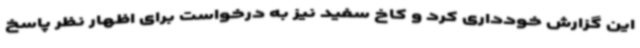
این گزارش خودداری کرد و کاخ سفید نیز به درخواست برای اظهار نظر پاسخ